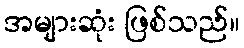
အများဆုံး ဖြစ်သည်။